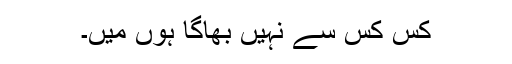
کس کس سے نہیں بھاگا ہوں میں۔